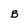
Character: B